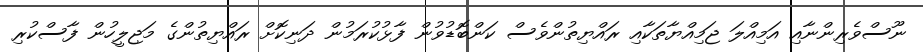
ނޫސްވެރިންނާއި އަމިއްލަ ޖަމިއްޔާތަކާއި ރައްޔިތުންވެސް ކަންބޮޑުވުން ފާޅުކުރަމުން ދަނިކޮށް ރައްޔިތުންގެ މަޖިލީހުން ފާސްކުރި